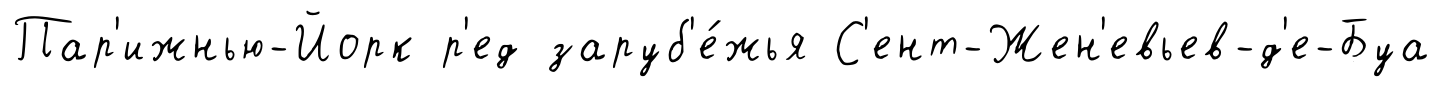
Пар'ижнью-Йорк р'ед заруб'е́жья С'ент-Жен'евьев-д'е-Буа